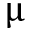
\upmu